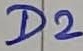
Text: D2